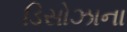
ડિસોઝાના